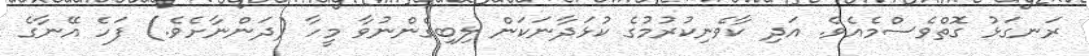
ރަނގަޅު ގޮތްވެސްމެއެވެ. އަދި ކާވެނިކުރުމުގެ ކުޅަދާނަކަން ލިބިގެންނުވާ މީހާ (ދަންނާށެވެ.) ފަހެ އޭނާގެ